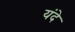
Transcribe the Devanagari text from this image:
यंदे